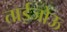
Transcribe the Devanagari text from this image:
ताईजोऊ